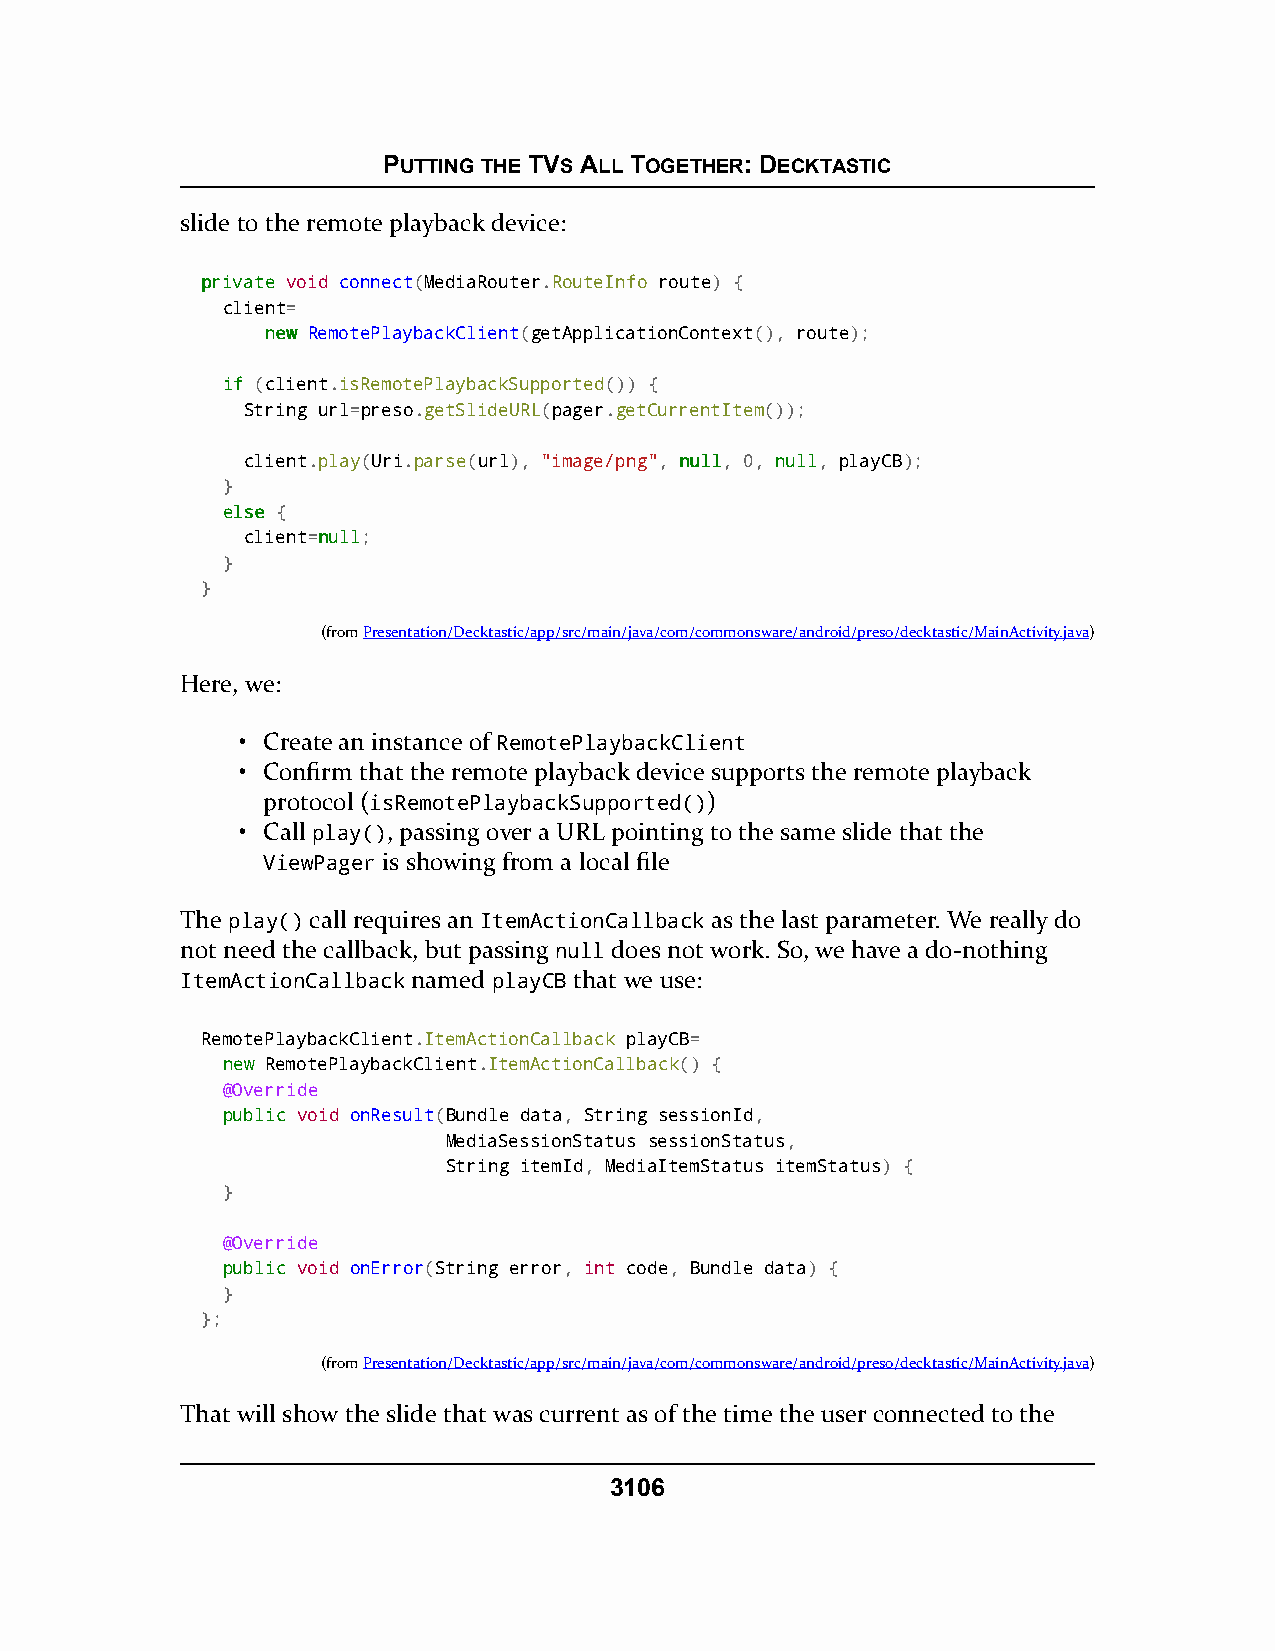
PUTTING THE TVS ALL TOGETHER: DECKTASTIC
 slide to the remote playback device:
 pprriivvaattee void connect(MediaRouter.RouteInfo route) {
 client=
 nneeww RemotePlaybackClient(getApplicationContext(), route);
 iiff (client.isRemotePlaybackSupported()) {
 String url=preso.getSlideURL(pager.getCurrentItem());
 client.play(Uri.parse(url), "image/png", nnuullll, 0, nnuullll, playCB);
 }
 eellssee {
 client=nnuullll;
 }
 }
 (fromPresentation/Decktastic/app/src/main/java/com/commonsware/android/preso/decktastic/MainActivity.java)
 Here, we:
 • Create an instance of RemotePlaybackClient
 • Confirm that the remote playback device supports the remote playback
 protocol (isRemotePlaybackSupported())
 • Call play(), passing over a URL pointing to the same slide that the
 ViewPager is showing from a local file
 The play() call requires an ItemActionCallback as the last parameter. We really do
 not need the callback, but passing null does not work. So, we have a do-nothing
 ItemActionCallback named playCB that we use:
 RemotePlaybackClient.ItemActionCallback playCB=
 nneeww RemotePlaybackClient.ItemActionCallback() {
 @Override
 ppuubblliicc void onResult(Bundle data, String sessionId,
 MediaSessionStatus sessionStatus,
 String itemId, MediaItemStatus itemStatus) {
 }
 @Override
 ppuubblliicc void onError(String error, int code, Bundle data) {
 }
 };
 (fromPresentation/Decktastic/app/src/main/java/com/commonsware/android/preso/decktastic/MainActivity.java)
 That will show the slide that was current as of the time the user connected to the
 3106